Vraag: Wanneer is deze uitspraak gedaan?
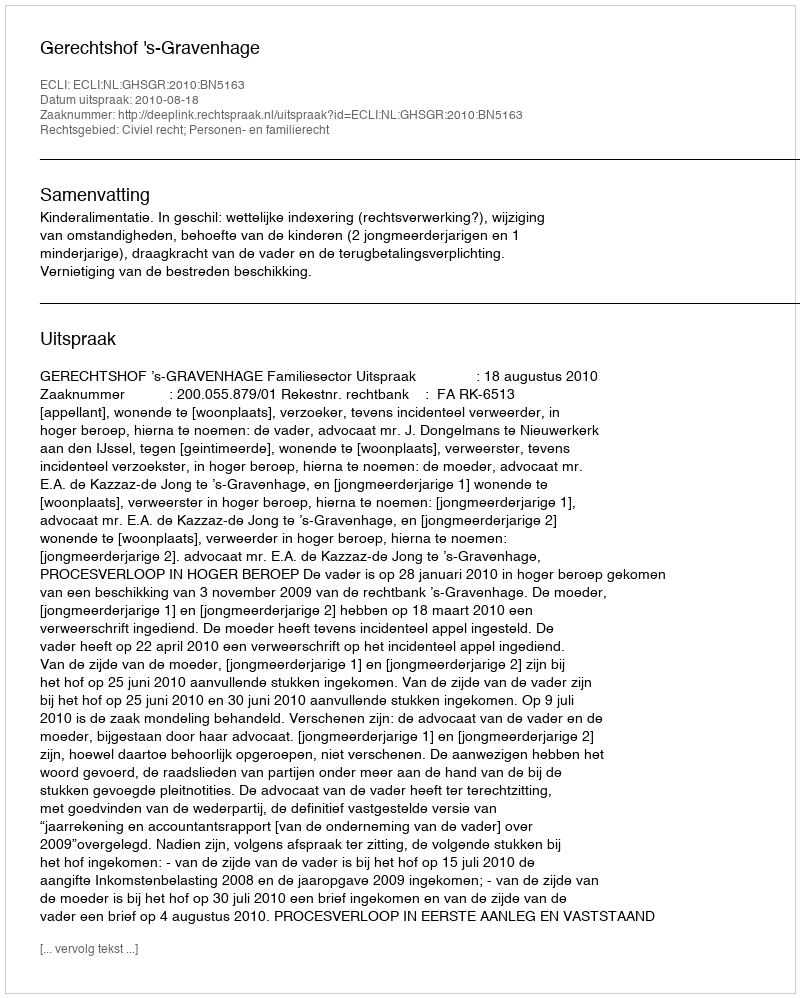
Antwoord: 2010-08-18